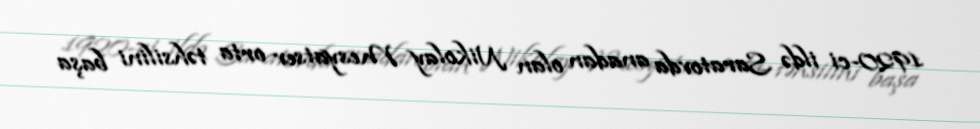
1920-ci ildə Saratovda anadan olan Nikolay Mesyatsev orta təhsilini başa